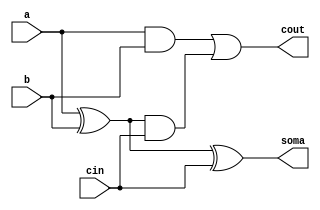
// -------------------------
// Exemplo0021 - FULL ADDER
// Nome: Marcio Enio Gonalves Dutra Junior
// -------------------------

// -------------------------
// full adder
// -------------------------
module fullAdder (soma, cout, a, b, cin);
	input a, b, cin;
	output soma, cout;
	wire s1, c1, c2;
	
	xor (s1, a, b);
	and (c1, a, b);
	xor (soma, s1, cin);
	and (c2, s1, cin);
	or (cout, c1, c2);
endmodule

// -------------------------
// full adder 3bits
// -------------------------
module fullAdder4 (soma, cout, a, b, cin);
	output [2:0] soma;
	output  cout;
	input [2:0] a, b;
	input cin;
	wire c3, c2, c1;
	
	  fullAdder  fa0 (soma[0], c1, a[0], b[0], cin);
	  fullAdder  fa1 (soma[1], c2, a[1], b[1], c1);
	  fullAdder  fa2 (soma[2], cout, a[2], b[2], c2);
endmodule

module test_fullAdder;
	// ------------------------- definir dados
	reg [2:0] x;
	reg [2:0] y;
	reg carryIn;
	wire carryOut;
	wire [2:0] soma;
	
	fullAdder4 fa1(soma, carryOut, x, y, carryIn);
	// ------------------------- parte principal
	initial begin
		$display("Exemplo0021 - Marcio Enio Gonalves Dutra Junior - 441698");
		$display("Test ALU's full adder");
		
		#1 x = 3'b000; y = 3'b000; carryIn = 0;
		
		$monitor ("%b + %b = %b",x,y,soma);
		#1 x = 3'b000; y = 3'b001;
		#1 x = 3'b001; y = 3'b000;
		#1 x = 3'b001; y = 3'b001;
		#1 x = 3'b001; y = 3'b011;
		#1 x = 3'b000; y = 3'b000;
		#1 x = 3'b011; y = 3'b110;
		#1 x = 3'b000; y = 3'b000;
		#1 x = 3'b000; y = 3'b000;
	end
endmodule // test_fullAdder